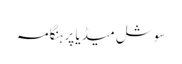
سوشل میڈیا پر ہنگامہ